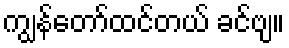
ကျွန်တော်ထင်တယ် ခင်ဗျ။